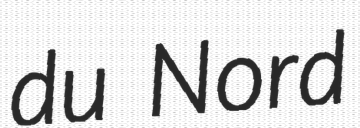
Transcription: du Nord